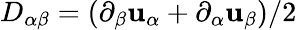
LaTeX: D_{\alpha\beta}=(\partial_{\beta}\mathbf{u}_{\alpha}+\partial_{\alpha}\mathbf{u}_{\beta})/2